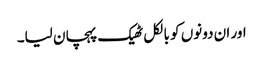
اور ان دونوں کو بالکل ٹھیک پہچان لیا۔